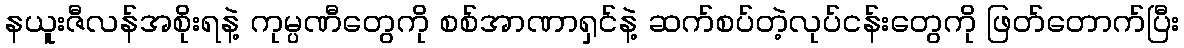
နယူးဇီလန်အစိုးရနဲ့ ကုမ္ပဏီတွေကို စစ်အာဏာရှင်နဲ့ ဆက်စပ်တဲ့လုပ်ငန်းတွေကို ဖြတ်တောက်ပြီး